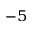
^ { - 5 }